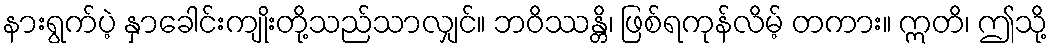
နားရွက်ပဲ့ နှာခေါင်းကျိုးတို့သည်သာလျှင်။ ဘဝိဿန္တိ၊ ဖြစ်ရကုန်လိမ့် တကား။ ဣတိ၊ ဤသို့